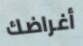
أغراضك